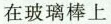
在玻璃棒上